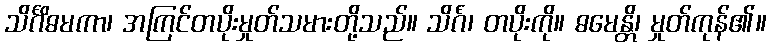
သိင်္ဂိဓမကာ၊ အကြင်တပိုးမှုတ်သမားတို့သည်။ သိင်္ဂံ၊ တပိုးကို။ ဓမေန္တိ၊ မှုတ်ကုန်၏။